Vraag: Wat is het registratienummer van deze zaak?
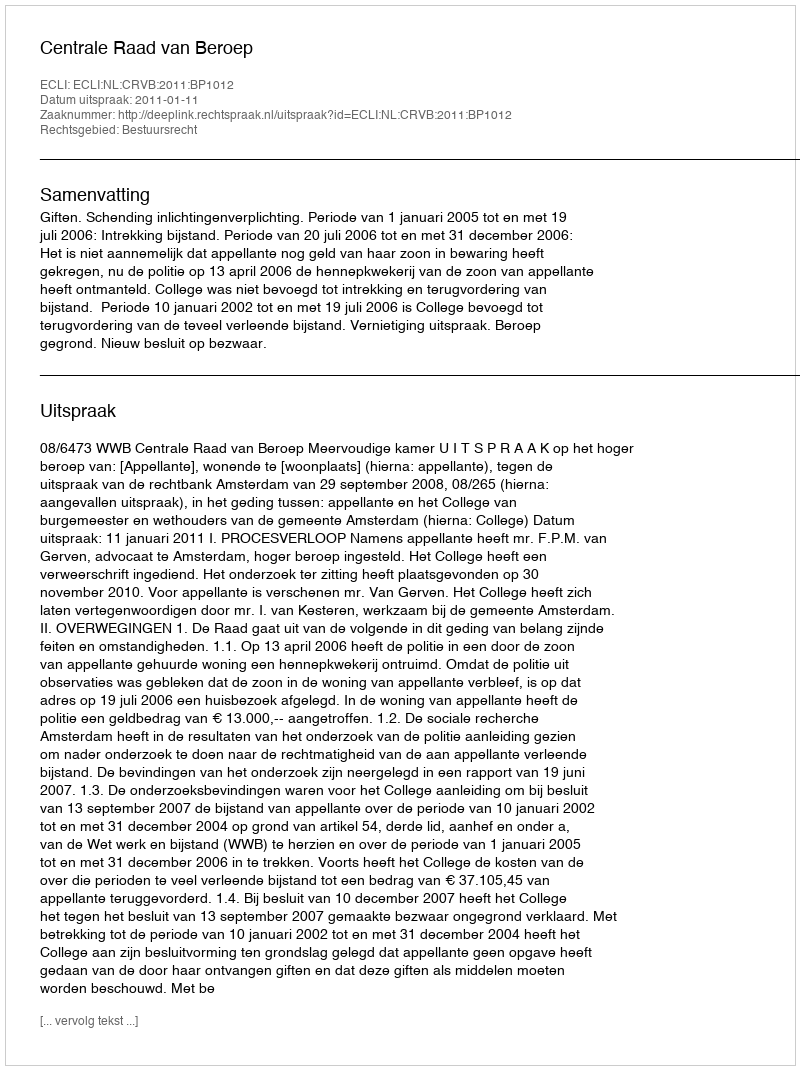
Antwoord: http://deeplink.rechtspraak.nl/uitspraak?id=ECLI:NL:CRVB:2011:BP1012